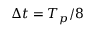
\Delta t = T _ { p } / 8